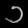
Digit: ၁